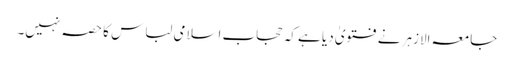
جامعہ الازہر نے فتویٰ دیا ہے کہ حجاب اسلامی لباس کا حصہ نہیں۔